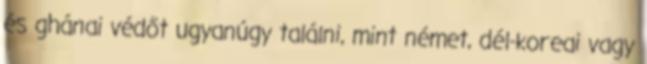
és ghánai védőt ugyanúgy találni, mint német, dél-koreai vagy